Lunatic asylums Bombay report 1891-1903 - 1891-1903
Year: 1891
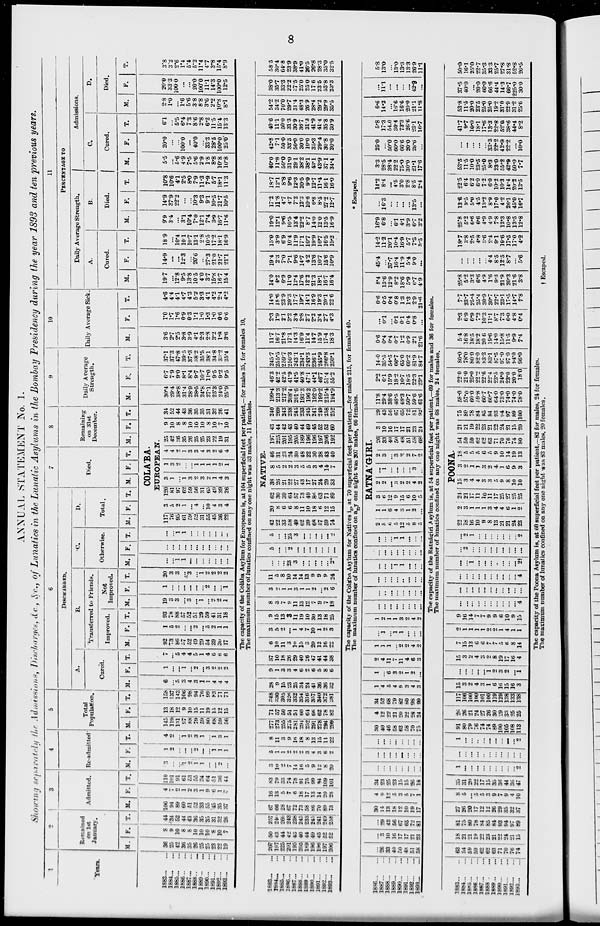
8
ANNUAL STATEMENT No. 1.
Showing seperately the Admissions, Discharges, &c.,
of Lunatics in the Lunatic Asylums in the Bombay Presidency during the year 1893 and ten previous years.
1
Years.
1883... ...
1884...
...
1885...
...
1886... ...
1887... ...
1888...
...
1889... ...
1890... ...
1891...
...
1892...
...
1893...
...
2
Remained
on 1st
January.
M.
36
25
42
36
35
26
25
25
23
22
19
F.
8
9
10
8
8
10
10
10
8
10
7
T.
44
34
52
44
43
36
35
35
31
32
26
3
Admitted.
M.
106
94
89
60
51
52
33
55
45
35
37
F.
4
7
2
1
2
3
1
9
6
1
4
T.
110
101
91
61
53
55
34
64
51
36
44
4
Re-admitted.
M.
3
...
...
1
2
1
1
...
...
2
...
F.
1
2
...
...
...
2
...
...
1
1
1
T.
4
2
...
1
2
3
1
...
1
3
1
5
Total
Population.
M.
145
119
131
97
88
79
59
80
68
59
56
F.
13
18
12
9
10
15
11
19
15
12
15
T.
158
137
143
106
98
94
70
99
83
71
71
6
DISCHARGED.
A
M.
6
...
5
3
4
3
1
1
4
4
4
F.
1
...
...
1
...
2
...
3
2
2
2
T.
7
...
5
4
4
5
1
4
6
6
6
B.
Transferred to Friends.
Improved.
M.
92
73
86
57
52
49
29
54
39
30
17
F.
1
5
2
...
...
2
...
5
2
1
1
T.
93
78
88
57
52
51
29
59
41
31
18
Not
Improved.
M.
19
3
3
...
3
...
1
...
2
2
1
F.
1
...
...
...
...
...
...
2
...
...
1
T.
20
3
3
...
3
....
1
2
2
2
2
C.
Otherwise.
M.
...
...
1
1
...
...
...
...
...
...
...
F.
...
...
...
...
...
...
...
...
...
...
...
T.
...
...
1
1
...
...
...
...
...
...
...
D.
Total.
M. F. T.
7
Died.
M. F. T.
8
Remaining
on 31st
December.
M. F. T.
COLA'BA.
EUROPEAN.
117
76
95
61
59
52
31
55
45
36
22
3
5
2
...
...
4
...
10
4
3
4
120
81
97
62
59
56
31
65
49
39
26
3
1
...
1
3
2
3
2
1
4
3
1
3
2
...
...
1
1
1
1
2
1
4
4
2
1
3
3
4
3
2
6
4
25
42
36
35
26
25
25
23
22
19
31
9
10
8
8
10
10
10
8
10
7
10
34
52
44
43
36
35
35
31
32
26
41
9
Daily Average
Strength.
M.
30.4
29.4
38.8
31.4
28.8
28.5
24.8
27.1
25.3
24.0
25.9
F.
6.7
7.9
9.0
8.1
8.4
9.7
10.7
11.0
9.5
9.2
9.5
T.
37.1
37.3
47.8
39.5
37.3
38.2
35.5
38.1
34.8
33.2
35.4
10
Daily Average Sick.
M.
3.6
2.7
2.5
3.8
3.9
4.1
2.3
2.8
3.2
1.8
3.6
F.
1.0
1.7
1.6
0.9
0.3
1.1
1.0
1.3
1.0
0.6
0.6
T.
4.6
4.4
4.1
4.7
4.3
5.2
3.3
4.1
4.2
2.4
4.2
11
PERCENTAGE TO
Daily Average Strength.
A
Cured.
M.
19.7
...
12.8
9.5
13.8
10.5
4.0
3.7
15.8
16.7
15.4
F.
14.9
...
...
12.3
...
20.6
...
27.3
21.0
21.7
21.1
T.
18.9
...
10.4
10.1
10.7
13.1
2.8
10.5
17.2
18.1
16.9
B.
Died.
M.
9.9
3.4
...
3.1
10.4
7.0
12.1
9.4
3.9
16.7
11.6
F.
14.9
37.9
22.2
...
...
10.3
9.3
9.1
10.5
21.7
10.5
T.
10.8
10.6
4.1
2.5
8.0
7.9
11.3
7.9
5.7
18.1
11.3
Admissions.
C.
Cured.
M.
5.5
...
5.6
4.9
7.5
5.6
2.9
1.8
8.8
10.8
10.8
F.
20.0
...
...
100.0
...
40.0
...
33.3
28.5
100.0
25.0
T.
6.1
...
5.5
6.4
7.3
8.6
2.8
6.2
11.5
15.4
13.3
D.
Died.
M.
2.8
1.0
...
1.6
5.6
3.8
8.8
3.6
2.2
10.8
8.1
F.
200
33.3
100.0
...
...
20.0
100.0
11.1
14.3
100.0
12.5
T.
3.8
3.2
2.6
1.4
5.4
5.2
11.4
4.7
3.8
15.4
8.9
The capacity of the Colába Asylum for Europeans is, at 104 superficial feet per patient,—for males 35, for females 10.
The maximum number of lunatics confined on any one night was 33 males, 11 females.
1883... ...
1884 ... ...
1885 ... ...
1886... ...
1887...
...
1888...
...
1889...
...
1890...
...
1891...
...
1892...
...
1893... ...
207
197
225
201
195
205
189
196
196
197
206
50
43
44
42
43
40
44
49
45
52
52
257
240
269
243
238
245
233
245
241
249
258
67
66
28
67
72
73
58
86
70
89
73
16
13
5
7
6
18
17
13
14
20
28
83
79
33
74
78
91
75
99
84
109
101
3
10
2
7
14
16
5
9
12
8
20
5
1
1
2
2
2
3
4
3
6
2
8
11
3
9
16
18
8
13
15
11
22
277
273
255
275
281
294
252
291
278
294
299
71
57
50
51
51
60
64
68
62
78
82
348
330
305
326
332
354
316
357
340
372
381
28
9
15
23
25
34
24
41
36
36
32
9
1
3
3
4
6
2
6
5
8
6
37
10
18
26
29
40
26
47
41
44
38
6
10
11
3
10
15
3
20
12
16
22
3
5
2
...
1
4
7
10
1
2
3
9
15
13
3
11
19
10
30
13
18
25
8
3
7
9
11
13
12
7
9
7
18
3
2
1
1
3
1
1
2
...
2
6
11
5
8
10
14
14
13
9
9
9
24
...
...
...
23
3
...
...
...
...
...
2*
5
...
...
2
...
...
...
...
...
...
...
5
...
...
25
3
...
...
...
...
...
2
NATIVE.
42
22
33
58
49
62
39
68
57
59
74
20
8
6
6
8
11
10
18
6
12
15
62
30
39
64
57
73
49
86
63
71
89
38
26
21
22
27
43
17
27
24
29
33
8
5
2
2
3
5
5
3
4
14
7
46
31
23
24
30
48
22
30
28
43
40
197
225
201
195
205
189
196
196
197
206
192
43
44
42
43
40
44
49
45
52
52
60
240
269
243
238
245
233
245
241
249
258
252
199.4
213.3
217.2
208.4
201.6
193.3
196.2
192.0
199.2
215.4
194.9
46.3
42.2
42.5
41.9
41.5
40.8
47.1
44.1
46.7
51.4
55.2
245.7
255.5
259.7
250.3
243.1
234.1
243.3
236.1
245.9
266.8
250.1
11.7
16.7
21.8
17.1
14.3
16.9
11.4
14.7
15.9
17.4
18.3
2.3
1.9
2.1
3.2
3.4
2.8
2.7
2.2
3.4
2.7
4.3
14.0
18.6
23.9
20.3
17.7
19.7
14.1
16.9
19.3
20.1
22.6
14.0
4.2
6.9
11.0
12.4
17.6
12.2
21.3
18.1
16.7
16.4
19.4
2.3
7.0
7.1
9.6
14.7
4.2
13.6
10.7
16.6
10.9
15.0
3.9
6.9
10.4
11.9
17.1
10.7
19.9
16.7
16.5
15.2
19.0
12.1
9.6
10.5
13.4
22.2
8.7
14.0
12.0
13.5
16.9
17.2
11.8
4.7
4.7
7.2
12.3
10.6
6.8
8.5
27.2
12.7
18.7
12.1
8.8
9.6
12.3
20.5
9.0
12.7
11.4
16.1
16.0
40.0
11.8
50.0
31.0
29.1
38.2
38.1
43.1
43.9
37.1
34.4
42.8
7.1
50.0
33.3
50.0
30.0
10.0
35.3
29.4
30.8
20.0
40.6
11.1
50.0
31.3
30.9
36.7
31.3
41.9
41.4
35.8
30.9
54.2
34.2
70.0
29.7
31.4
48.3
26.9
28.4
29.2
29.9
35.5
38.0
35.7
33.3
22.2
37.5
25.0
25.0
17.6
23.5
53.8
23.3
58.5
30.4
64.8
23.9
38.9
41.0
26.5
26.8
28.3
35.0
32.5
The capacity of the Colába Asylum for Natives is, at 70 superficial feet per patient,—for males 215, for females 40.
The maximum number of lunatics confined on any one night was 207 males, 60 females.
* Escaped.
1886...
...
1887...
...
1888...
...
1889...
...
1890...
...
1891...
...
1892...
...
1893... ...
...
26
33
40
50
48
51
58
...
3
10
16
17
17
21
23
...
29
43
56
67
65
72
81
30
14
13
18
12
10
19
17
4
9
12
5
3
5
7
1
34
23
25
23
15
15
26
18
...
...
...
...
...
...
...
...
...
...
...
...
...
...
...
...
...
...
...
...
...
...
...
...
30
40
46
58
62
58
70
75
4
12
22
21
20
22
28
24
34
52
68
79
82
80
98
99
1
4
5
4
9
3
4
3
1
...
6
3
2
1
2
...
2
4
11
7
11
4
6
3
1
1
1
...
2
2
4
2
...
1
...
1
1
...
...
...
1
2
1
1
3
2
4
2
...
...
...
...
...
...
...
...
...
...
...
...
...
...
...
...
...
...
...
...
..
...
...
...
...
...
...
1
1
...
...
...
...
...
...
...
...
...
...
...
...
...
...
1
1
...
...
...
RATNA'GIRI.
2
5
6
5
12
5
8
5
1
1
6
4
3
1
2
...
3
6
12
9
15
6
10
5
2
2
...
3
2
2
4
2
...
1
...
...
...
...
3
..
2
3
...
3
2
2
7
2
26
33
40
50
48
51
58
68
3
10
16
17
17
21
23
24
29
43
56
67
65
72
81
92
11.8
39.4
38.6
48.5
48.3
50.7
59.6
61.6
2.2
6.1
15.9
18.2
16.7
18.5
22.3
23.1
14.0
35.5
54.5
66.7
65.0
69.2
81.9
84.7
0.6
0.4
0.4
0.7
1.2
0.9
2.1
21.6
...
0.1
...
0.1
0.1
0.4
0.8
...
0.6
0.5
0.4
0.8
1.3
1.3
2.9
21.6
8.4
13.6
12.9
8.2
18.6
5.9
6.7
4.9
45.4
...
37.7
16.4
11.9
5.4
9.0
...
14.2
11.2
20.1
10.4
16.9
5.7
7.3
3.5
16.9
3.8
...
6.1
4.1
3.9
6.7
3.2
...
16.3
...
...
...
...
13.5
...
14.2
8.4
...
4.5
3.0
2.8
8.5
2.4
3.3
28.5
38.4
22.2
75.0
30.0
21.1
17.6
25.0
...
50.0
60.0
66.6
20.0
28.6
...
5.8
17.3
54.0
30.4
73.3
26.6
23.1
16.7
6.6
14.2
...
16.6
16.6
20.0
21.1
11.8
...
11.1
...
...
...
...
42.9
...
5.8
13.0
...
13.0
13.3
13.3
26.9
11.1
The capacity of the Ratnágiri Asylum is, at 54 superficial feet per patient,—69 for males and 36 for females.
The maximum number of lunatics confined on any one night was 68 males, 24 females.
1883...
...
1884...
...
1885...
...
1886...
...
1887...
...
1888... ...
1889... ...
1890... ...
1891... ...
1892... ...
1893...
...
63
54
59
59
62
62
63
71
70
7b
74
18
21
21
19
22
23
21
22
24
21
15
81
75
80
78
84
85
84
93
94
97
89
27
26
20
17
12
12
26
29
35
32
37
8
5
...
5
5
3
9
7
9
4
10
35
31
20
22
17
15
35
36
44
36
47
1
...
...
...
...
...
...
...
...
...
2
...
...
...
...
...
...
...
...
...
...
...
1
...
...
...
...
...
...
...
...
...
2
91
80
79
76
74
74
89
100
105
108
113
26
26
21
24
27
26
30
29
33
25
25
117
106
100
100
101
100
119
129
138
133
138
15
3
2
4
3
1
6
16
15
16
3
...
...
...
...
...
1
2
3
2
...
1
15
3
2
4
3
2
8
19
17
16
4
7
15
13
6
6
7
7
5
6
8
14
2
1
1
1
1
2
2
1
4
1
1
9
16
14
7
7
9
9
6
10
9
15
...
...
...
...
...
...
...
...
...
...
4
...
...
...
...
...
...
...
...
...
...
...
...
...
...
...
...
...
...
...
...
...
4
...
...
1
...
...
...
..
...
...
...
2†
...
2
...
...
...
...
...
...
...
...
...
...
2
1
...
...
...
...
...
...
...
2
POONA.
22
18
16
10
9
8
13
21
21
24
23
2
3
1
1
1
3
4
4
6
1
2
24
21
17
11
10
11
17
25
27
25
25
15
3
4
4
3
3
5
9
8
10
10
3
2
1
1
3
2
4
1
6
9
3
18
5
5
5
6
5
9
10
14
19
13
54
59
59
62
62
63
71
70
76
74
80
21
21
19
22
23
21
22
24
21
15
20
75
80
78
84
85
84
93
94
97
89
100
58.0
57.0
60.0
59.8
60.7
60.7
64.0
73.0
74.0
74.0
78.0
22.0
21.0
20.0
22.2
22.6
22.4
23.5
24.0
23.0
20.0
18.0
80.0
78.0
80.0
82.0
83.3
83.1
87.5
97.0
97.0
94.0
96.0
5.4
16.8
18.5
18.2
20.6
19.6
14.0
15.8
11.5
9.9
7.4
2.3
6.9
6.9
7.2
10.3
11.1
8.7
7.3
6.0
4.8
0.4
7.7
23.7
25.4
25.4
30.9
30.7
22.7
23.1
17.5
14.7
7.8
25.8
5.2
3.3
6.6
4.9
1.6
9.3
21.9
20.3
21.6
3.8
...
...
...
...
...
4.4
8.5
12.5
8.7
...
5.6
18.7
3.8
2.5
4.8
3.6
2.4
9.1
19.6
17.5
17.0
4.2
25.8
5.2
6.6
6.6
4.9
4.9
7.8
12.3
10.8
13.5
12.8
13.6
9.5
5.0
4.5
13.2
8.9
17.0
4.2
26.1
45.0
16.7
22.5
6.4
6.2
6.0
7.2
6.0
10.2
10.3
14.4
20.2
13.5
53.5
11.5
10.0
23.5
25.0
8.3
23.0
55.2
42.9
50.0
7.7
...
...
...
...
...
33.3
22.2
42.9
22.2
...
10.0
41.7
9.7
10.0
18.1
17.6
13.3
22.8
52.0
38.6
44.4
8.2
53.8
11.5
20.0
23.5
25.0
25.0
19.2
31.0
22.9
31.2
25.6
37.5
40.0
...
20.0
60.0
66.6
44.4
14.3
66.7
225.0
30.0
50.0
16.1
25.0
22.7
35.3
333
25.7
27.8
31.8
52.8
26.5
The capacity of the Poona Asylum is, at 60 superficial feet per patient,—82 for males, 24 for females.
The maximaum number of lunatics confined on any one night was 83 males, 20 females.
†
Escaped.